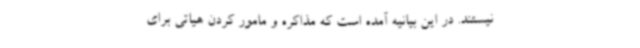
نیستند. در این بیانیه آمده است که مذاکره و مامور کردن هیاتی برای